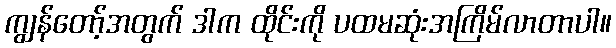
ကျွန်တော့်အတွက် ဒါက ထိုင်းကို ပထမဆုံးအကြိမ်လာတာပါ။